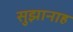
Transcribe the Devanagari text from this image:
सुझानाह